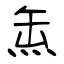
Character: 缹